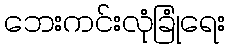
ဘေးကင်းလုံခြုံရေး